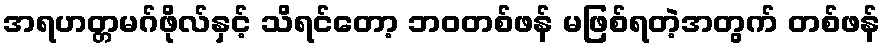
အရဟတ္တမဂ်ဖိုလ်နှင့် သိရင်တော့ ဘဝတစ်ဖန် မဖြစ်ရတဲ့အတွက် တစ်ဖန်